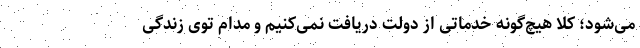
می‌شود؛ کلاً هیچ‌گونه خدماتی از دولت دریافت نمی‌کنیم و مدام توی زندگی